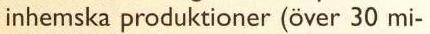
inhemska produktioner (över 30 mi-